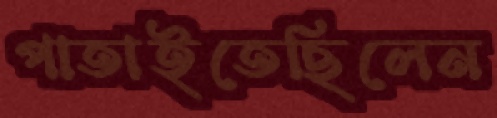
পাতাইতেছিলেন